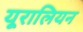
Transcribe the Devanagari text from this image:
यूरालियन